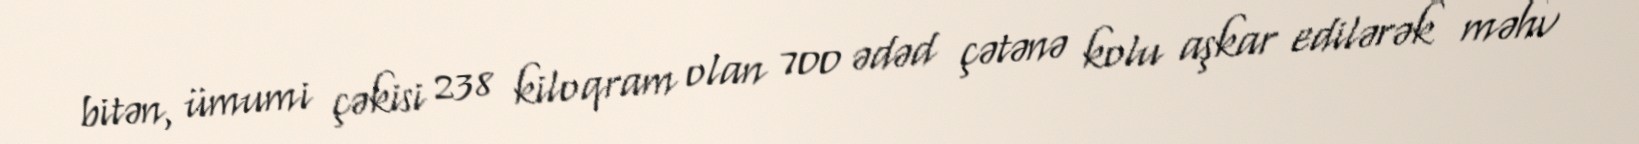
bitən, ümumi çəkisi 238 kiloqram olan 700 ədəd çətənə kolu aşkar edilərək məhv